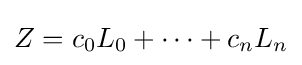
Z=c_{0}L_{0}+\cdots +c_{n}L_{n}